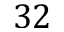
3 2